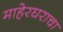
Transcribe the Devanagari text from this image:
माहेरघराचा